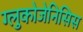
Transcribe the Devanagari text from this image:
ग्लुकोजेनिसिस